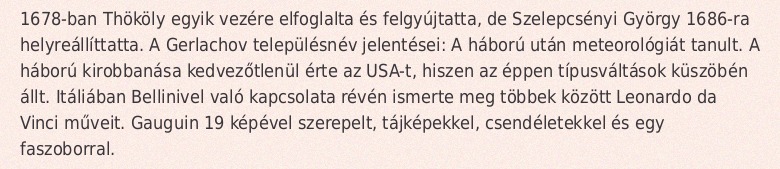
1678-ban Thököly egyik vezére elfoglalta és felgyújtatta, de Szelepcsényi György 1686-ra helyreállíttatta. A Gerlachov településnév jelentései: A háború után meteorológiát tanult. A háború kirobbanása kedvezőtlenül érte az USA-t, hiszen az éppen típusváltások küszöbén állt. Itáliában Bellinivel való kapcsolata révén ismerte meg többek között Leonardo da Vinci műveit. Gauguin 19 képével szerepelt, tájképekkel, csendéletekkel és egy faszoborral.